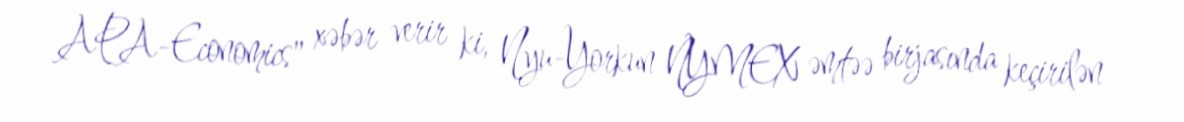
APA-Economics" xəbər verir ki, Nyu-Yorkun NYMEX əmtəə birjasında keçirilən